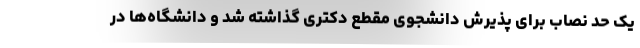
یک حد نصاب برای پذیرش دانشجوی مقطع دکتری گذاشته شد و دانشگاه‌ها در